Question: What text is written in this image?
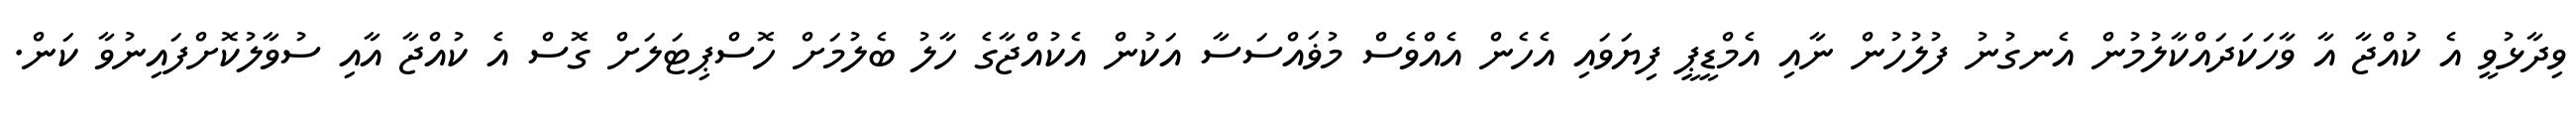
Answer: ވިދާޅުވީ އެ ކުއްޖާ އާ ވާހަކަދައްކާލުމުން އެނގުނު ފުލުހުން ނާއި އެމްޑީޕީ ފިޔަވައި އެހެން އެއްވެސް މުޥައްސަސާ އަކުން އެކުއްޖާގެ ހާލު ބެލުމަށް ހޮސްޕިޓަލަށް ގޮސް އެ ކުއްޖާ އާއި ސުވާލުކޮށްފައިނުވާ ކަން.